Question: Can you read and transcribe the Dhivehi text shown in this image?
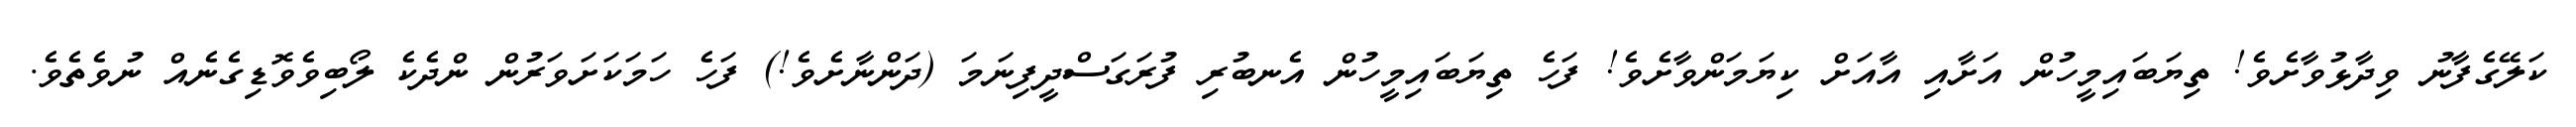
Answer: ކަލޭގެފާނު ވިދާޅުވާށެވެ! ތިޔަބައިމީހުން އަށާއި އާއަށް ކިޔަމަންވާށެވެ! ފަހެ ތިޔަބައިމީހުން އެނބުރި ފުރަގަސްދީފިނަމަ (ދަންނާށެވެ!) ފަހެ ހަމަކަށަވަރުން ންދެކެ ލޯބިވެވޮޑިގެނެއް ނުވެތެވެ.